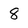
Character: 8